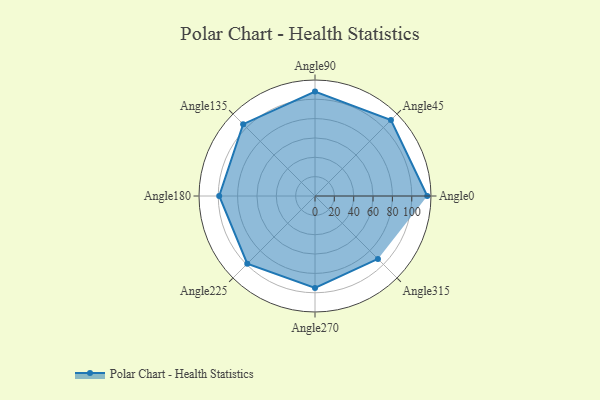
{"axis": {"x": "Angle", "y": "Radius"}, "legend": [""], "data": [{"x": "Angle0", "y": 116.0, "type": ""}, {"x": "Angle45", "y": 111.0, "type": ""}, {"x": "Angle90", "y": 108.0, "type": ""}, {"x": "Angle135", "y": 105.0, "type": ""}, {"x": "Angle180", "y": 99.0, "type": ""}, {"x": "Angle225", "y": 99.0, "type": ""}, {"x": "Angle270", "y": 95.0, "type": ""}, {"x": "Angle315", "y": 92.0, "type": ""}]}